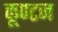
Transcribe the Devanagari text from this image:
कूण्टज